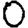
Digit: 0